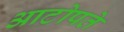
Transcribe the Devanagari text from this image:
आटोपते